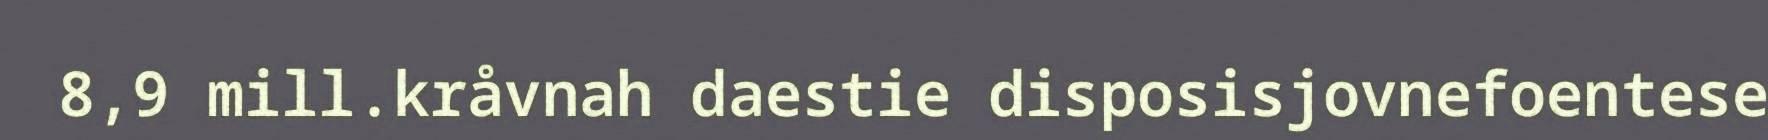
8,9 mill.kråvnah daestie disposisjovnefoentese